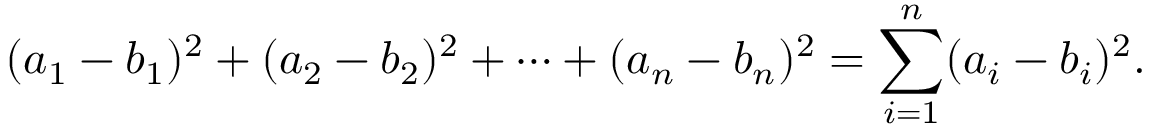
( a _ { 1 } - b _ { 1 } ) ^ { 2 } + ( a _ { 2 } - b _ { 2 } ) ^ { 2 } + \cdots + ( a _ { n } - b _ { n } ) ^ { 2 } = \sum _ { i = 1 } ^ { n } ( a _ { i } - b _ { i } ) ^ { 2 } .